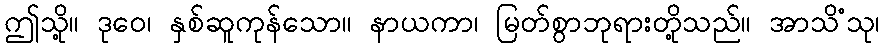
ဤသို့။ ဒုဝေ၊ နှစ်ဆူကုန်သော။ နာယကာ၊ မြတ်စွာဘုရားတို့သည်။ အာသိံသု၊